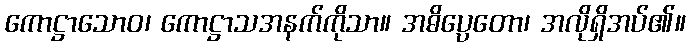
ကောဋ္ဌာသောဝ၊ ကောဋ္ဌာသအနက်ကိုသာ။ အဓိပ္ပေတော၊ အလိုရှိအပ်၏။